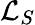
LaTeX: \mathcal{L}_{S}